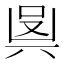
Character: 𠔛